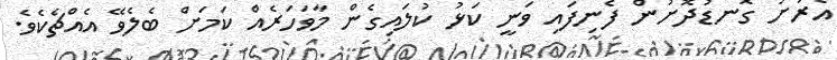
އެރަށު ގޮނޑުދޮށުން ފެނިފައި ވަނީ ކަޅު ކުލައިގެން މާވަހަރެއް ކަމަށް ބެލެވޭ އެއްޗެކެވެ.